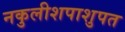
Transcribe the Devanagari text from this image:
नकुलीशपाशुपत